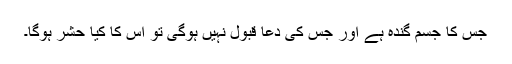
جس کا جسم گندہ ہے اور جس کی دعا قبول نہیں ہوگی تو اس کا کیا حشر ہوگا۔